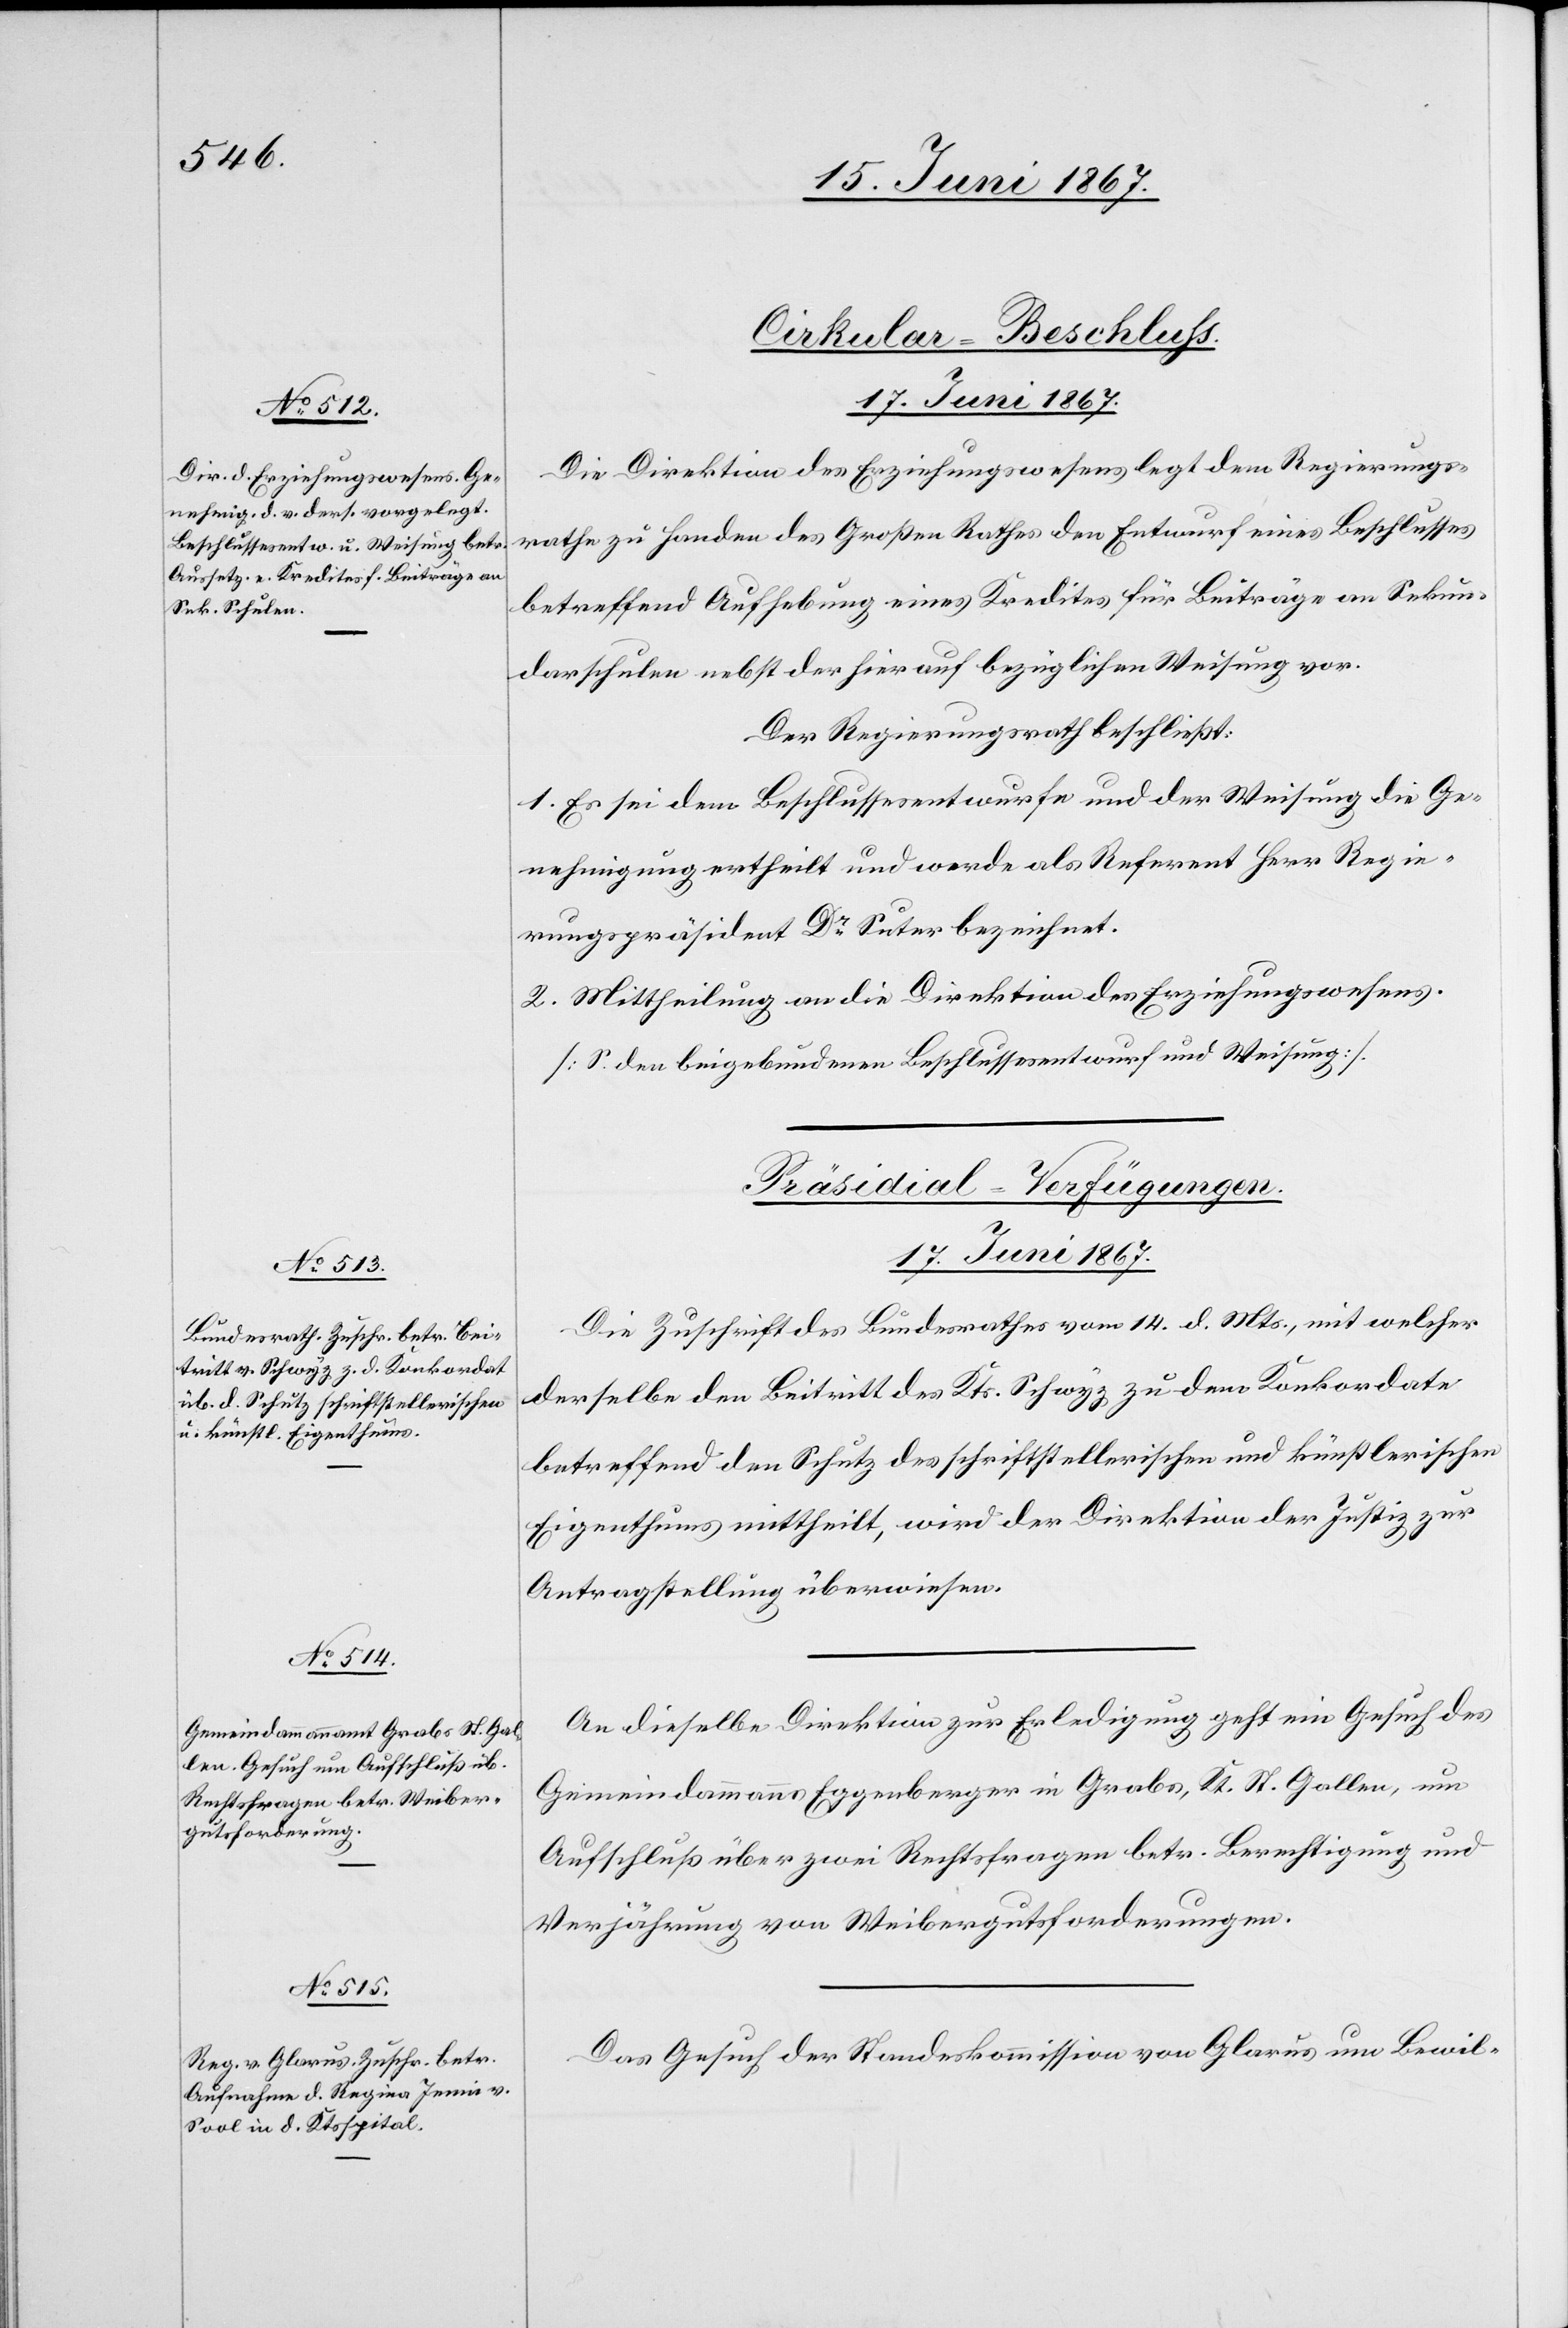
Cirkular-Beschluß.
17. Juni 1867.
Die Direktion des Erziehungswesens legt dem Regierungs¬
rathe zu Handen des Großen Rathes den Entwurf eines Beschlusses
betreffend Aufhebung eines Kredites für Beiträge an Sekun¬
darschulen nebst der hierauf bezüglichen Weisung vor.
Der Regierungsrath beschließt:
1. Es sei dem Beschlussesentwurfe und der Weisung die Ge¬
nehmigung ertheilt und werde als Referent Herr Regie¬
rungspräsident Dr. Suter bezeichnet.
2. Mittheilung an die Direktion des Erziehungswesens.
[S. den beigebundenen Beschlussesentwurf und Weisung].
[Präsidial-Verfügungen.
17. Juni 1867.]
Die Zuschrift des Bundesrathes vom 14. d. Mts., mit welcher
derselbe den Beitritt des Kts. Schwyz zu dem Konkordate
betreffend den Schutz des schriftstellerischen und künstlerischen
Eigenthums mittheilt, wird der Direktion der Justiz zur
Antragstellung überwiesen.
An dieselbe Direktion zur Erledigung geht ein Gesuch des
Gemeindammanns Eggenberger in Grabs, Kt. St. Gallen, um
Aufschluß über zwei Rechtsfragen betr. Berechtigung und
Verjährung von Weibergutsforderungen.
Das Gesuch der Standeskommission von Glarus um Bewil-